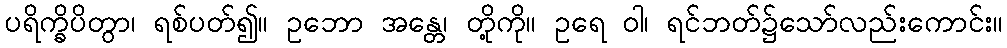
ပရိက္ခိပိတွာ၊ ရစ်ပတ်၍။ ဥဘော အန္တေ၊ တို့ကို။ ဥရေ ဝါ၊ ရင်ဘတ်၌သော်လည်းကောင်း။